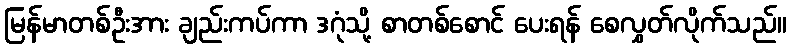
မြန်မာတစ်ဦးအား ချည်းကပ်ကာ ဒဂုံသို့ စာတစ်စောင် ပေးရန် စေလွှတ်လိုက်သည်။